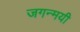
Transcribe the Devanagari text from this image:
जगन्मयी